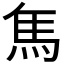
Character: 𩡨